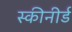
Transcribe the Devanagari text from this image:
स्कीनीर्ड